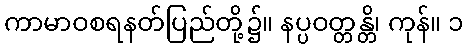
ကာမာဝစရနတ်ပြည်တို့၌။ နပ္ပဝတ္တန္တိ၊ ကုန်။ ၁